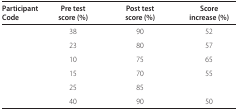
<table><thead><tr><td><b>Participant Code</b></td><td><b>Pre test score (%)</b></td><td><b>Post test score (%)</b></td><td><b>Score increase</b></td></tr></thead><tbody><tr><td>[EMPTY_CELL]</td><td>38</td><td>90</td><td>52</td></tr><tr><td>[EMPTY_CELL]</td><td>23</td><td>80</td><td>57</td></tr><tr><td>[EMPTY_CELL]</td><td>10</td><td>75</td><td>65</td></tr><tr><td>[EMPTY_CELL]</td><td>15</td><td>70</td><td>55</td></tr><tr><td>[EMPTY_CELL]</td><td>25</td><td>85</td><td>[EMPTY_CELL]</td></tr><tr><td>[EMPTY_CELL]</td><td>40</td><td>90</td><td>50</td></tr></tbody></table>